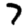
Digit: 7